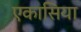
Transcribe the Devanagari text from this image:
एकासिया